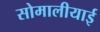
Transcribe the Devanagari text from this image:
सोमालीयाई